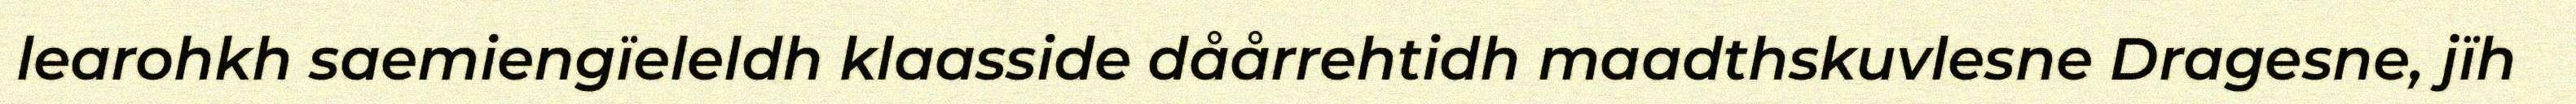
learohkh saemiengïeleldh klaasside dåårrehtidh maadthskuvlesne Dragesne, jïh